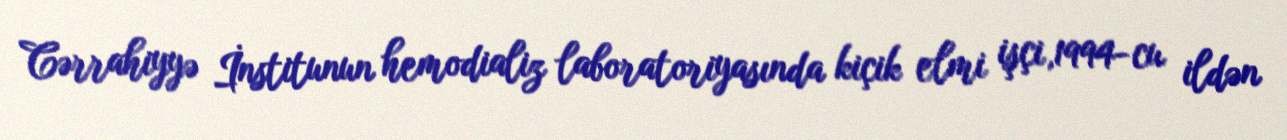
Cərrahiyyə İnstitunun hemodializ laboratoriyasında kiçik elmi işçi,1994-cu ildən